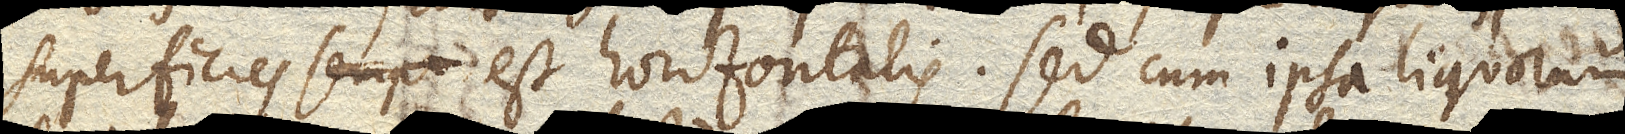
superficies est horizontalis. Sed cum ipsa liquorum